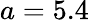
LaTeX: a=5.4